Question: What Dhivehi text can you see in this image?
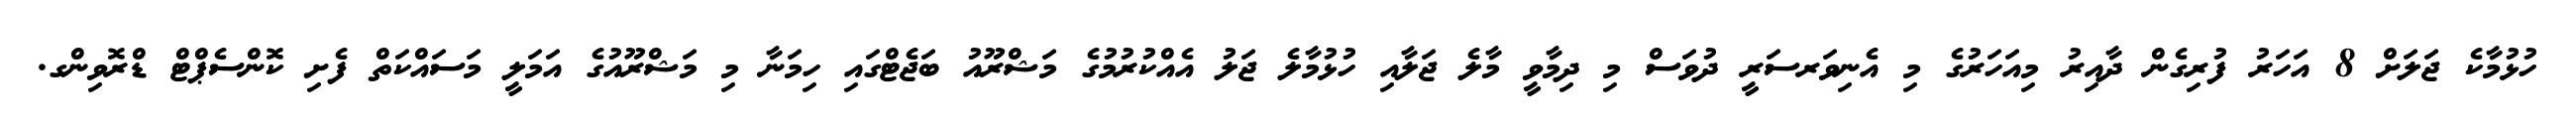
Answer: ހުޅުމާކެ ޖަލަށް 8 އަހަރު ފުރިގެން ދާއިރު މިއަހަރުގެ މި އެނިވަރސަރީ ދުވަސް މި ދިމާވީ މާލެ ޖަލާއި ހުޅުމާލެ ޖަލު އެއްކުރުމުގެ މަޝްރޫއު ބަޖެޓްގައި ހިމަނާ މި މަޝްރޫއުގެ އަމަލީ މަސައްކަތް ފެށި ކޮންސެޕްޓް ޑްރޮވިންގ.